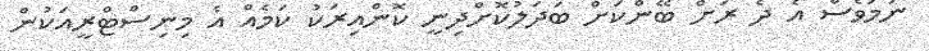
ނަމަވެސް އެ ދެ ރަށް ބޭންކަށް ބަދަލުކޮށްދިނީ ކޮންއިރަކު ކަމެއް އެ މިނިސްޓްރީއަކުން